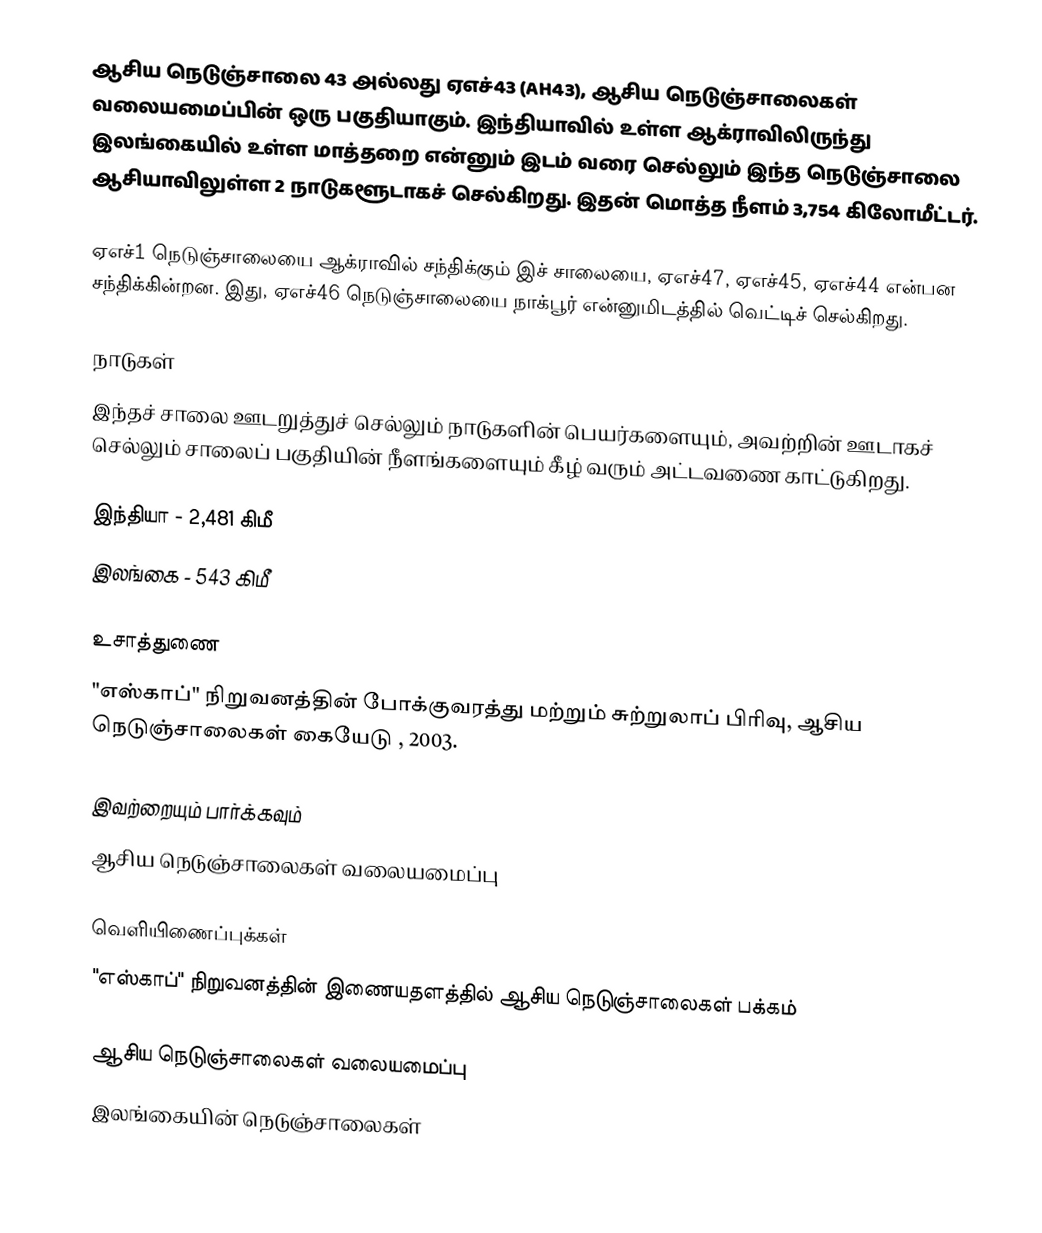
ஆசிய நெடுஞ்சாலை 43 அல்லது ஏஎச்43 (AH43), ஆசிய நெடுஞ்சாலைகள் வலையமைப்பின் ஒரு பகுதியாகும். இந்தியாவில் உள்ள ஆக்ராவிலிருந்து இலங்கையில் உள்ள மாத்தறை என்னும் இடம் வரை செல்லும் இந்த நெடுஞ்சாலை ஆசியாவிலுள்ள 2 நாடுகளூடாகச் செல்கிறது. இதன் மொத்த நீளம் 3,754 கிலோமீட்டர்.

ஏஎச்1 நெடுஞ்சாலையை ஆக்ராவில் சந்திக்கும் இச் சாலையை, ஏஎச்47, ஏஎச்45, ஏஎச்44 என்பன சந்திக்கின்றன. இது, ஏஎச்46 நெடுஞ்சாலையை நாக்பூர் என்னுமிடத்தில் வெட்டிச் செல்கிறது.

நாடுகள்
இந்தச் சாலை ஊடறுத்துச் செல்லும் நாடுகளின் பெயர்களையும், அவற்றின் ஊடாகச் செல்லும் சாலைப் பகுதியின் நீளங்களையும் கீழ் வரும் அட்டவணை காட்டுகிறது.

 இந்தியா - 2,481 கிமீ
 இலங்கை - 543 கிமீ

உசாத்துணை
 "எஸ்காப்" நிறுவனத்தின் போக்குவரத்து மற்றும் சுற்றுலாப் பிரிவு, ஆசிய நெடுஞ்சாலைகள் கையேடு , 2003.

இவற்றையும் பார்க்கவும்
 ஆசிய நெடுஞ்சாலைகள் வலையமைப்பு

வெளியிணைப்புக்கள்
 "எஸ்காப்" நிறுவனத்தின் இணையதளத்தில் ஆசிய நெடுஞ்சாலைகள் பக்கம்

ஆசிய நெடுஞ்சாலைகள் வலையமைப்பு
இலங்கையின் நெடுஞ்சாலைகள்